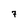
Character: 7